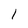
Character: 1